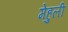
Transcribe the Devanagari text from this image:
मेहुली